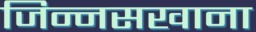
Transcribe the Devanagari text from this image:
जिन्नसखाना